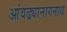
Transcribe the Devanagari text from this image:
आंवढ्यानागनाथ